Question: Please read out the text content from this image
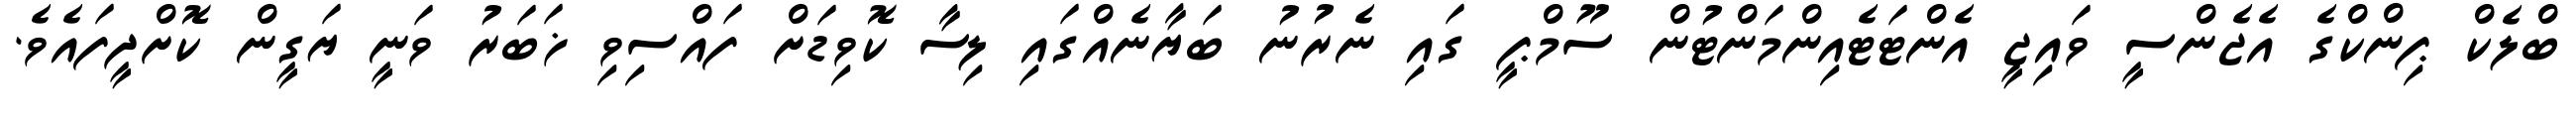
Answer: ބްލެކް ޕިންކްގެ އެޖެންސީ ވައިޖީ އެންޓަޓެއިންމަންޓުން ސޫމްޕީ ގައި ނެރުނު ބަޔާނެއްގައި ލިސާ ކޮވިޑަށް ފައްސިވި ޚަބަރު ވަނީ ޔަގީން ކޮށްދީފައެވެ.